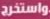
واستخرج